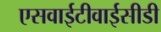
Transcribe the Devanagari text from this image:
एसवाईटीवाईसीडी